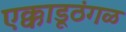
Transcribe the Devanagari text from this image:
एक्काडूठंगळ